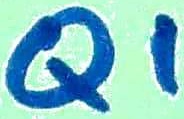
Text: Q1